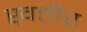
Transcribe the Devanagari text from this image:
ख़तीर